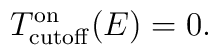
T^{\rm on}_{\rm cutoff}(E)=0.